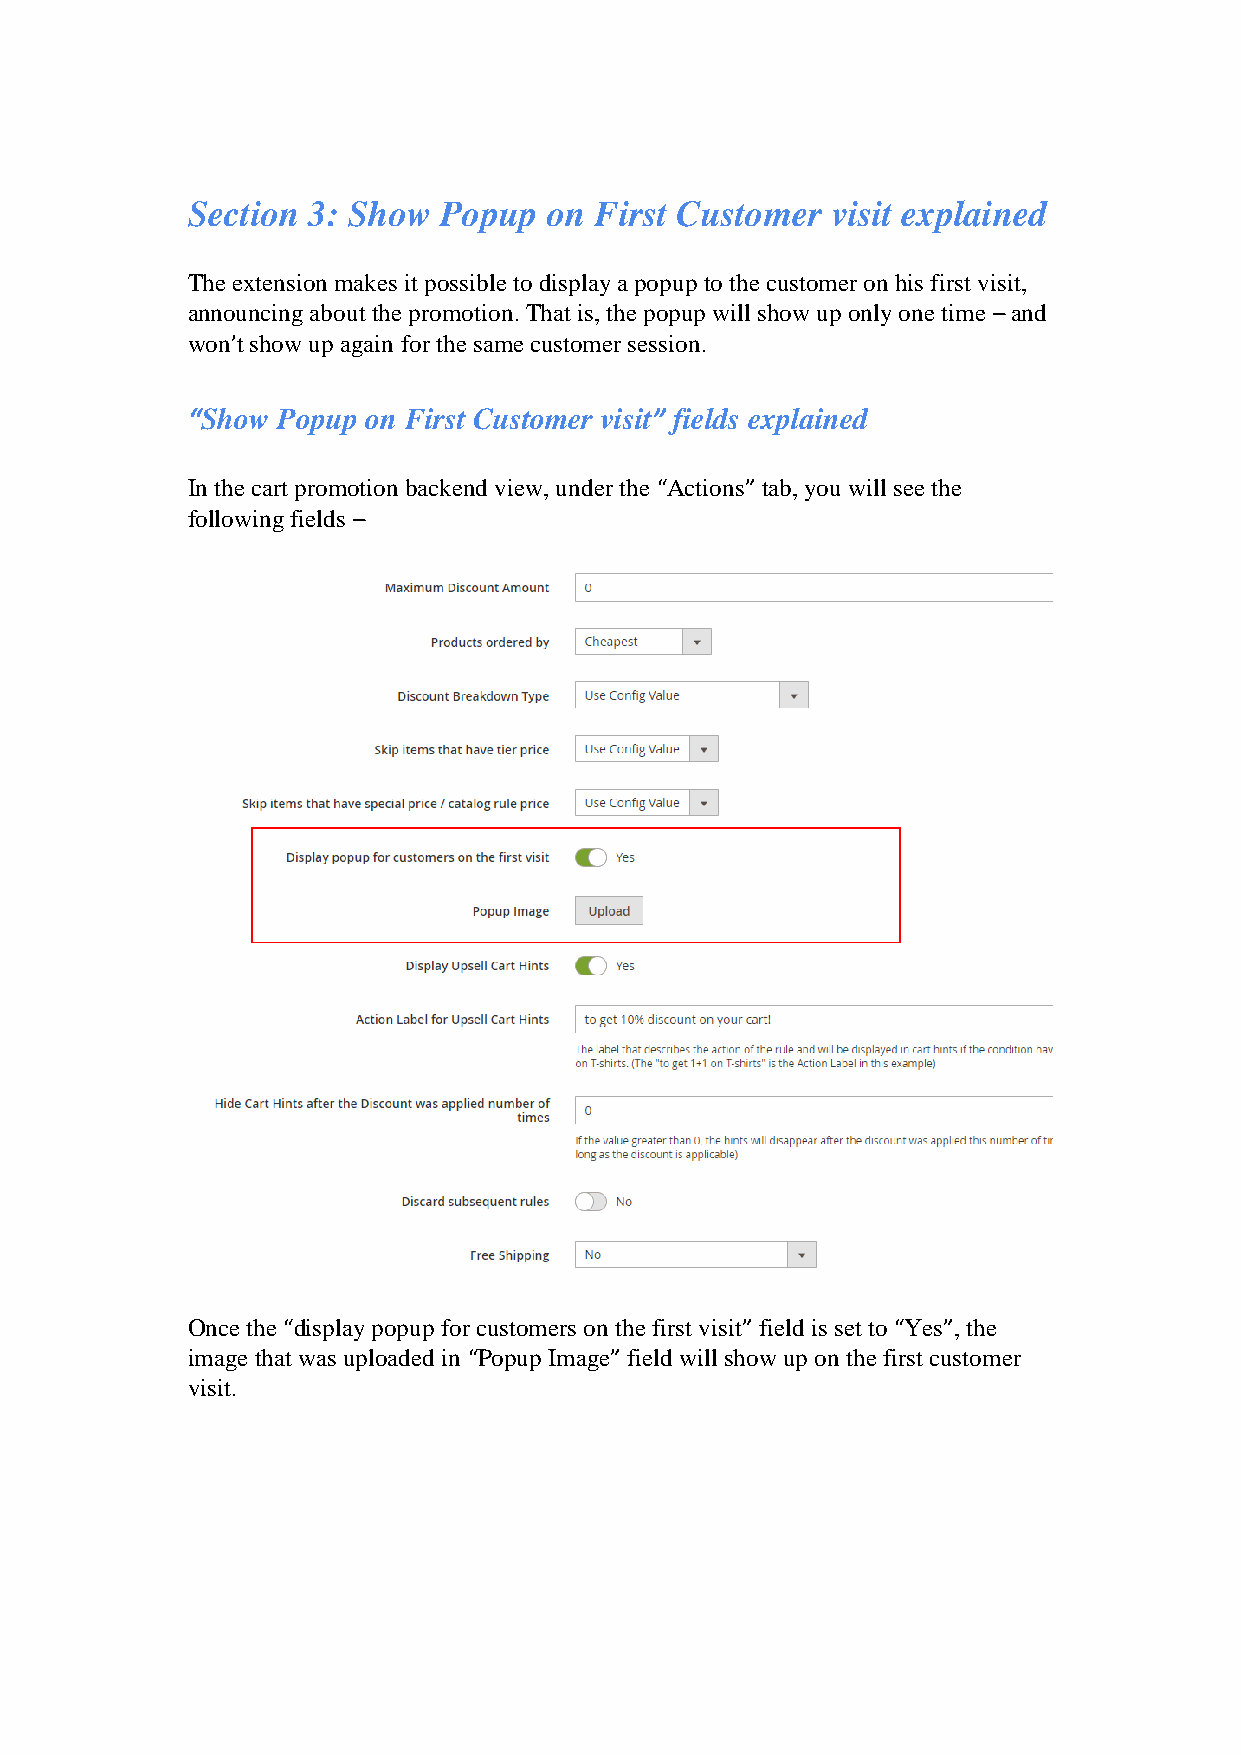
Section 3: Show  Popup  on First Customer  visit explained
 The extension makes it possible to display a popup to the customer on his first visit,
 announcing about the promotion. That is, the popup will show up only one time – and
 won’t show up again for the same customer session.
 “Show Popup on First Customer visit” fields explained
 In the cart promotion backend view, under the “Actions” tab, you will see the
 following fields –
 Once the “display popup for customers on the first visit” field is set to “Yes”, the
 image that was uploaded in “Popup Image” field will show up on the first customer
 visit.